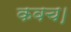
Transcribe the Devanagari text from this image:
कवच।